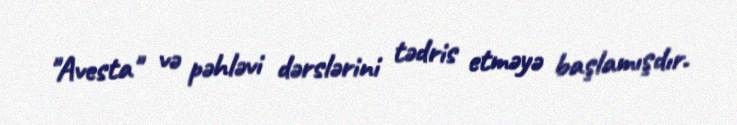
"Avesta" və pəhləvi dərslərini tədris etməyə başlamışdır.